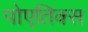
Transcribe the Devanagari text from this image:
पोएतिक्स